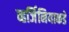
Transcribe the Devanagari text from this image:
व्हर्जिनियाकडे